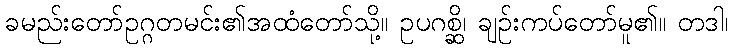
ခမည်းတော်ဥဂ္ဂတမင်း၏အထံတော်သို့။ ဥပဂစ္ဆိ၊ ချဉ်းကပ်တော်မူ၏။ တဒါ၊